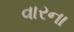
વારના